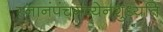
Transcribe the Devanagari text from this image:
स्नानंपंचगव्येनशुध्यति